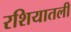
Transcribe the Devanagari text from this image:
रशियातली